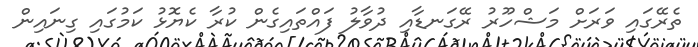
ތެރޭގައި ވަރަށް މަޝްހޫރު ރޭގަނޑާއި ދުވާލު ފައްތައިގެން ކުރާ ކެޔޮޅު ކަމުގައި ގިނައިން